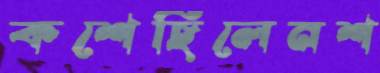
কশেছিলেনশ